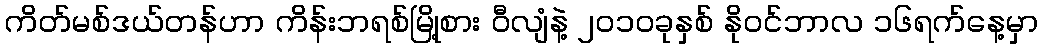
ကိတ်မစ်ဒယ်တန်ဟာ ကိန်းဘရစ်မြို့စား ဝီလျံနဲ့ ၂ဝ၁ဝခုနှစ် နိုဝင်ဘာလ ၁၆ရက်နေ့မှာ